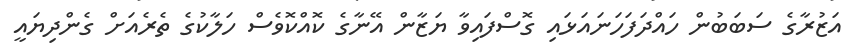
އަޒުރާގެ ސަބަބުން ހައްދަފަހަނައަޅައި ގޮސްފައިވާ ޔަޒާން އޭނާގެ ކޮއްކޮވެސް ހަލާކުގެ ތެރެއަށް ގެންދިޔައީ